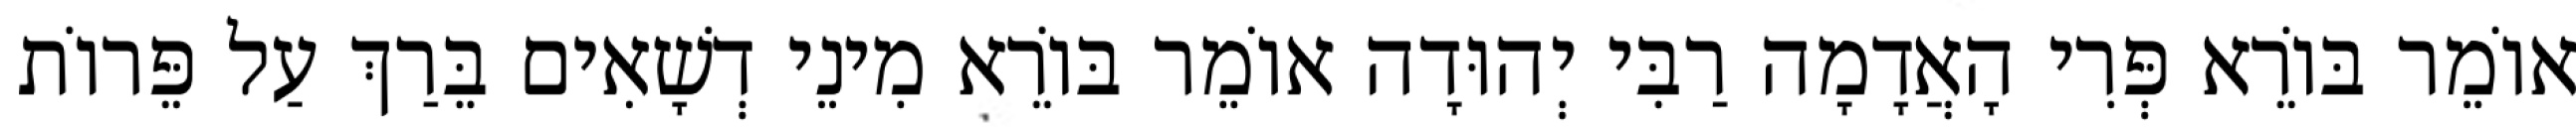
אוֹמֵר בּוֹרֵא פְּרִי הָאֲדָמָה רַבִּי יְהוּדָה אוֹמֵר בּוֹרֵא מִינֵי דְשָׁאִים בֵּרַךְ עַל פֵּרוֹת